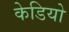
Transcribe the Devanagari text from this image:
केडियो